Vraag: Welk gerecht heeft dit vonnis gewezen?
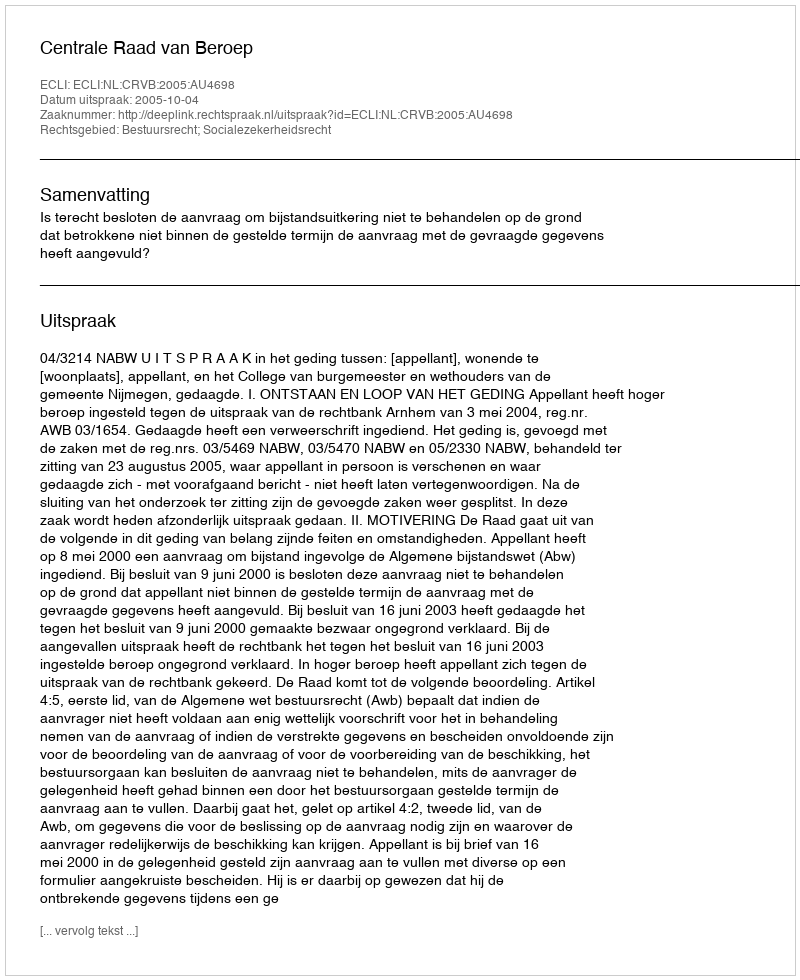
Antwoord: Centrale Raad van Beroep